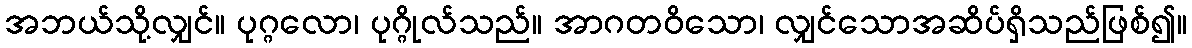
အဘယ်သို့လျှင်။ ပုဂ္ဂလော၊ ပုဂ္ဂိုလ်သည်။ အာဂတဝိသော၊ လျှင်သောအဆိပ်ရှိသည်ဖြစ်၍။